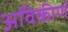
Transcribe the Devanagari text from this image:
अविकीर्ण